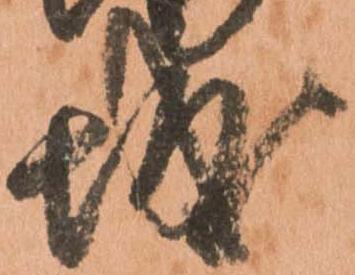
城